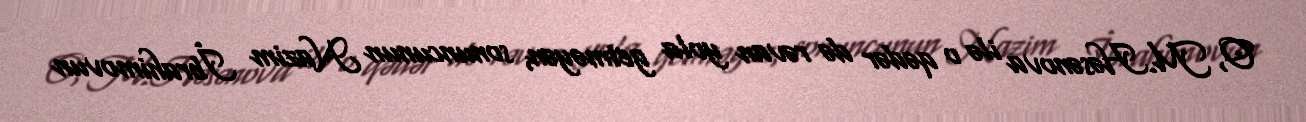
O, M.Həsənova ilə o qədər də rəvan yola getməyən, sonuncunun Nazim İbrahimovun